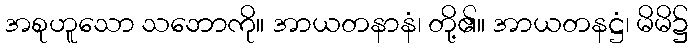
အစုဟူသော သဘောကို။ အာယတနာနံ၊ တို့၏။ အာယတနဋ္ဌံ၊ မိမိ၌